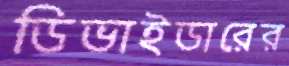
ডিভাইডারের